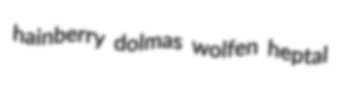
hainberry dolmas wolfen heptal